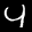
Label: 4